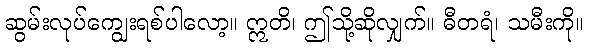
ဆွမ်းလုပ်ကျွေးရစ်ပါလော့။ ဣတိ၊ ဤသို့ဆိုလျှက်။ ဓီတရံ၊ သမီးကို။